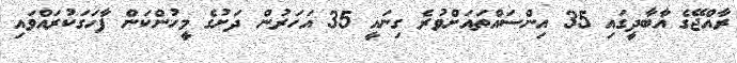
ރާއްޖޭގެ އާބާދީގައި 35 އިންސައްތައަށްވުރެ ގިނައީ 35 އަހަރުން ދަށުގެ މީހުންކަން ފާހަގަކުރައްވައި